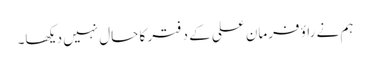
ہم نے راؤ فرمان علی کے دفتر کا حال نہیں دیکھا۔